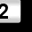
Digit: 2